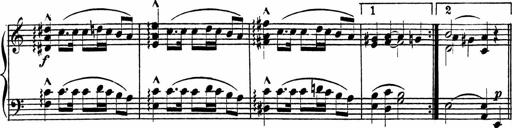
Title: Piano Sonatinas
Composer: Charles Fradel